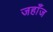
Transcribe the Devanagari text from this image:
जहाँज